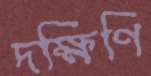
দক্ষিণি